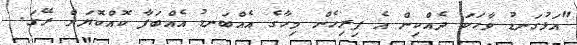
"އަޅުގަނޑު ވާހަކަ ދެއްކިން އެ ފިރިހެން މިހާގެ އެއްބަނޑު އެއްބަފާ ކޮއްކޮޔަށް ރޭގަ.